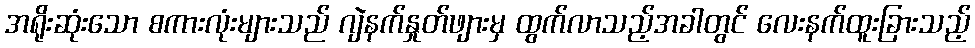
အရိုးဆုံးသော စကားလုံးများသည် ဂျဲနက်နှုတ်ဖျားမှ ထွက်လာသည့်အခါတွင် လေးနက်ထူးခြားသည့်